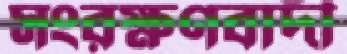
সংরক্ষণবাদী